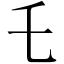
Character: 乇